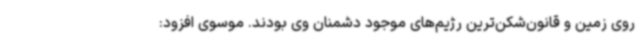
روی زمین و قانون‌شکن‌ترین رژیم‌های موجود دشمنان وی بودند. موسوی افزود: